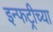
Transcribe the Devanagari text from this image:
इन्फट्रीच्या